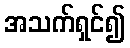
အသက်ရှင်၍